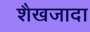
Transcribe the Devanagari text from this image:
शैखजादा